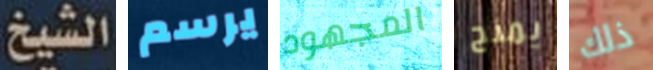
الشيخ يرسم المجهود يمنح ذلك